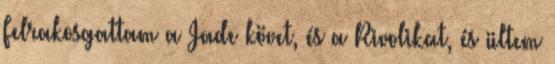
Felrakosgattam a Jade követ, és a Rivolikat, és ültem